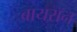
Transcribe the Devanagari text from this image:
बायरॉन